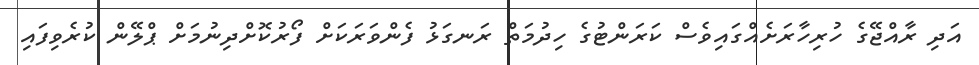
އަދި ރާއްޖޭގެ ހުރިހާރަށެއްގައިވެސް ކަރަންޓުގެ ހިދުމަތް ރަނގަޅު ފެންވަރަކަށް ފޯރުކޮށްދިނުމަށް ޕްލޭން ކުރެވިފައި